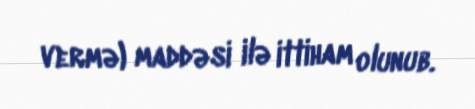
vermə) maddəsi ilə ittiham olunub.